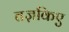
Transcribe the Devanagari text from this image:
तज़किए